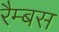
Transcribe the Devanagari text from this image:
रैम्बस